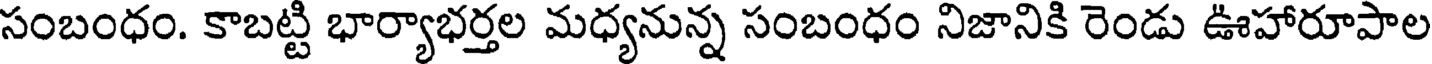
సంబంధం. కాబట్టి భార్యాభర్తల మధ్యనున్న సంబంధం నిజానికి రెండు ఊహారూపాల